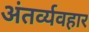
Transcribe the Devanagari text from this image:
अंतर्व्यवहार